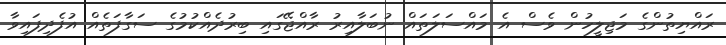
ރައްޔިތުންގެ މަޖިލީހުން ވެސް އެ މައްސަލަތައް ނުބަލާއިރު ރާއްޖޭގައި ބިރުދެއްކުމުގެ ސަގާފަތެއް އުފެދިފައިވާ